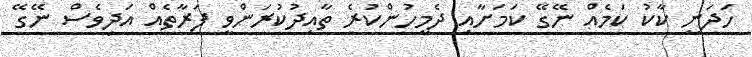
ހަދަނީ ކާކު ކަމެއް ނޭގޭ ކަމަށާއި ދެމީހުންކުރެ ތާއިދުކުރަންވީ ފަރާތެއް އަދިވެސް ނޭގޭ